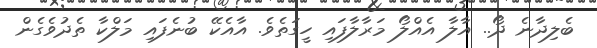
ބެލިދާނެ ދޯ.. އާލާ އެއްލޯ މަރާލާފައި ހީގަތެވެ. އާއެކޭ ބުނެފައި މަލްކާ ތެދުވެގެން